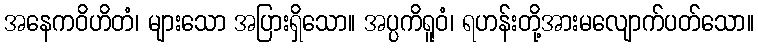
အနေကဝိဟိတံ၊ များသော အပြားရှိသော။ အပ္ပကိရူဝံ၊ ရဟန်းတို့အားမလျောက်ပတ်သော။